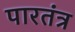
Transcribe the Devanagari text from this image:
पारतंत्र